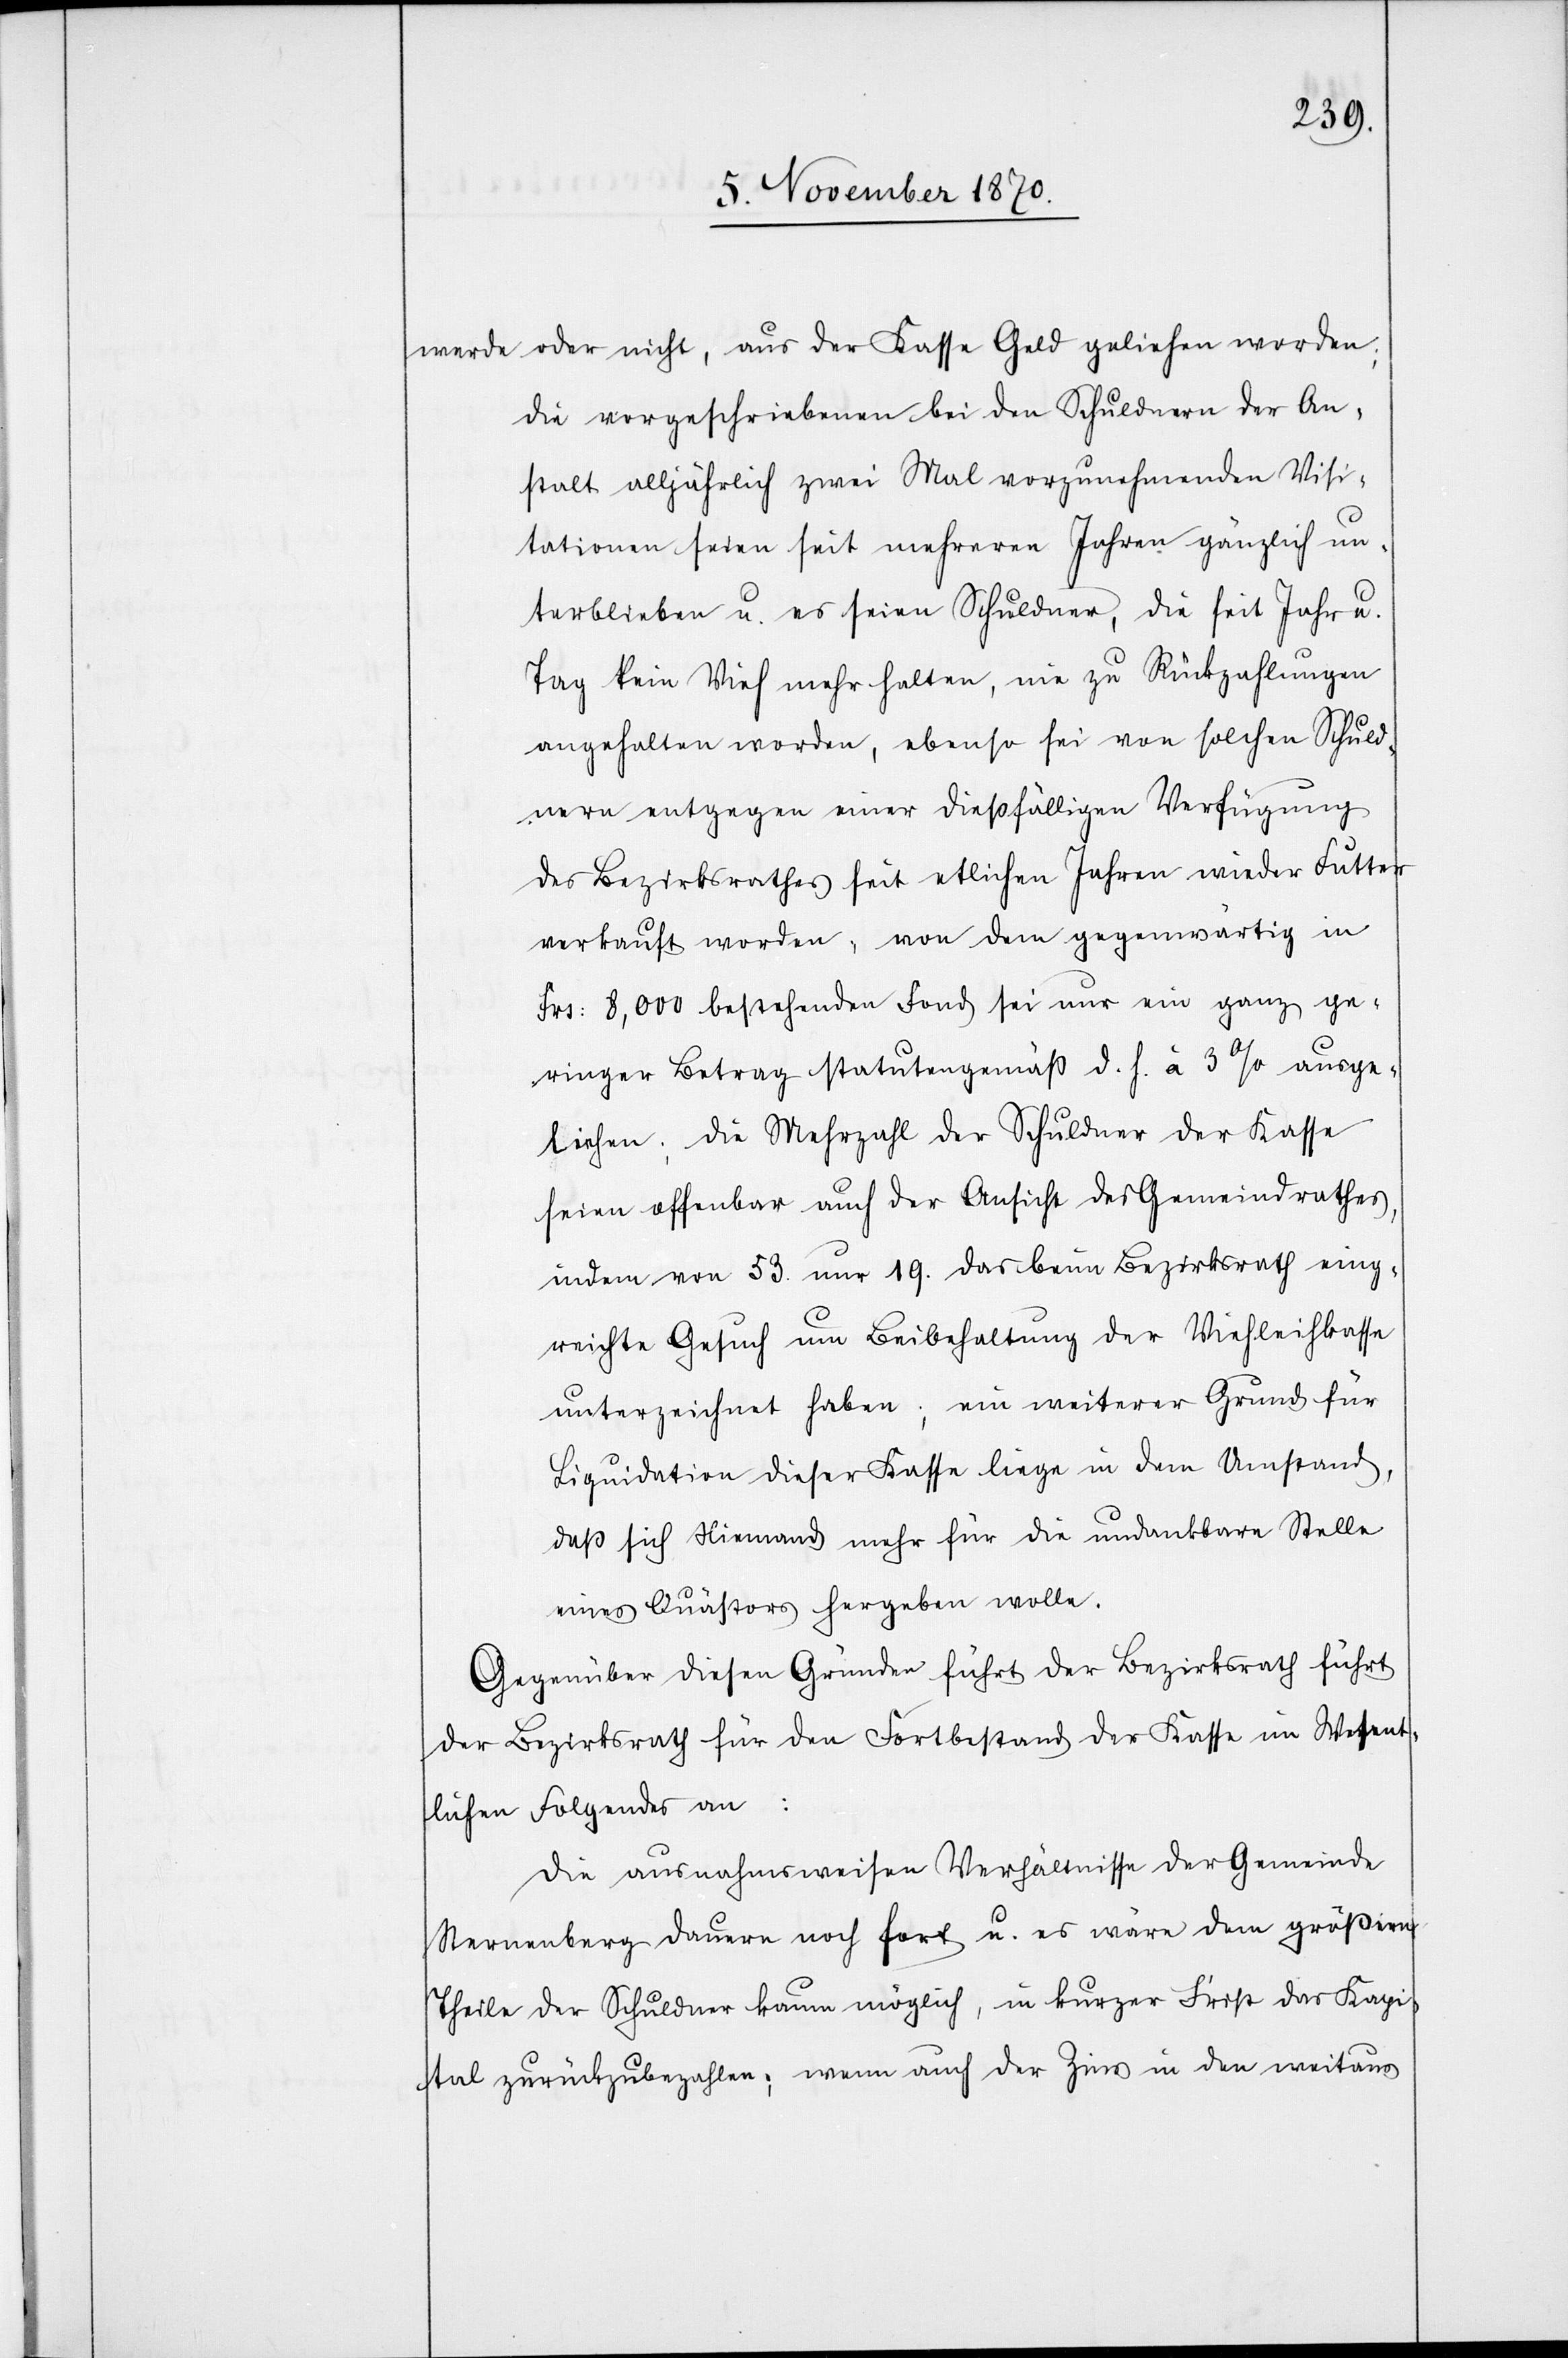
werde oder nicht, aus der Kasse Geld geliehen worden;
die vorgeschriebenen bei den Schuldnern der An¬
stalt alljährlich zwei Mal vorzunehmenden Visi¬
tationen seien seit mehreren Jahren gänzlich un¬
terblieben u. es seien Schuldner, die seit Jahr u.
Tag kein Vieh mehr halten, nie zu Rückzahlungen
angehalten worden, ebenso sei von solchen Schuld¬
nern entgegen einer dießfälligen Verfügung
des Bezirksrathes seit etlichen Jahren wieder Futter
verkauft worden, von dem gegenwärtig in
Frs: 8,000 bestehenden Fond sei nur ein ganz ge¬
ringer Betrag statutengemäß d. h. à 3% ausge¬
liehen; die Mehrzahl der Schuldner der Kasse
seien offenbar auch der Ansicht des Gemeindrathes,
indem von 53 nur 19. das beim Bezirksrath einge¬
reichte Gesuch um Beibehaltung der Viehleihkasse
unterzeichnet haben; ein weiterer Grund für
Liquidation dieser Kasse liege in dem Umstand,
daß sich Niemand mehr für die undankbare Stelle
eines Quästors hergeben wollte.
Gegenüber diesen Gründen führt der Bezirksrath führt
der Bezirksrath [sic!] für den Fortbestand der Kasse im Wesent¬
lichen Folgendes an:
Die ausnahmsweisen Verhältnisse der Gemeinde
Sternenberg dauern noch fort u. es wäre dem größern
Theile der Schuldner kaum möglich, in kurzer Frist das Kapi¬
tal zurückzubezahlen; wenn auch der Zins in den weitaus